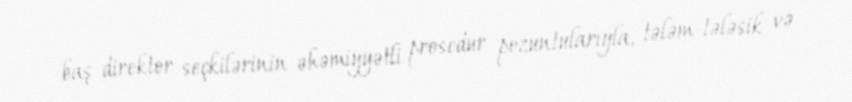
baş direktor seçkilərinin əhəmiyyətli prosedur pozuntularıyla, tələm-tələsik və